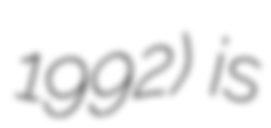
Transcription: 1992) is